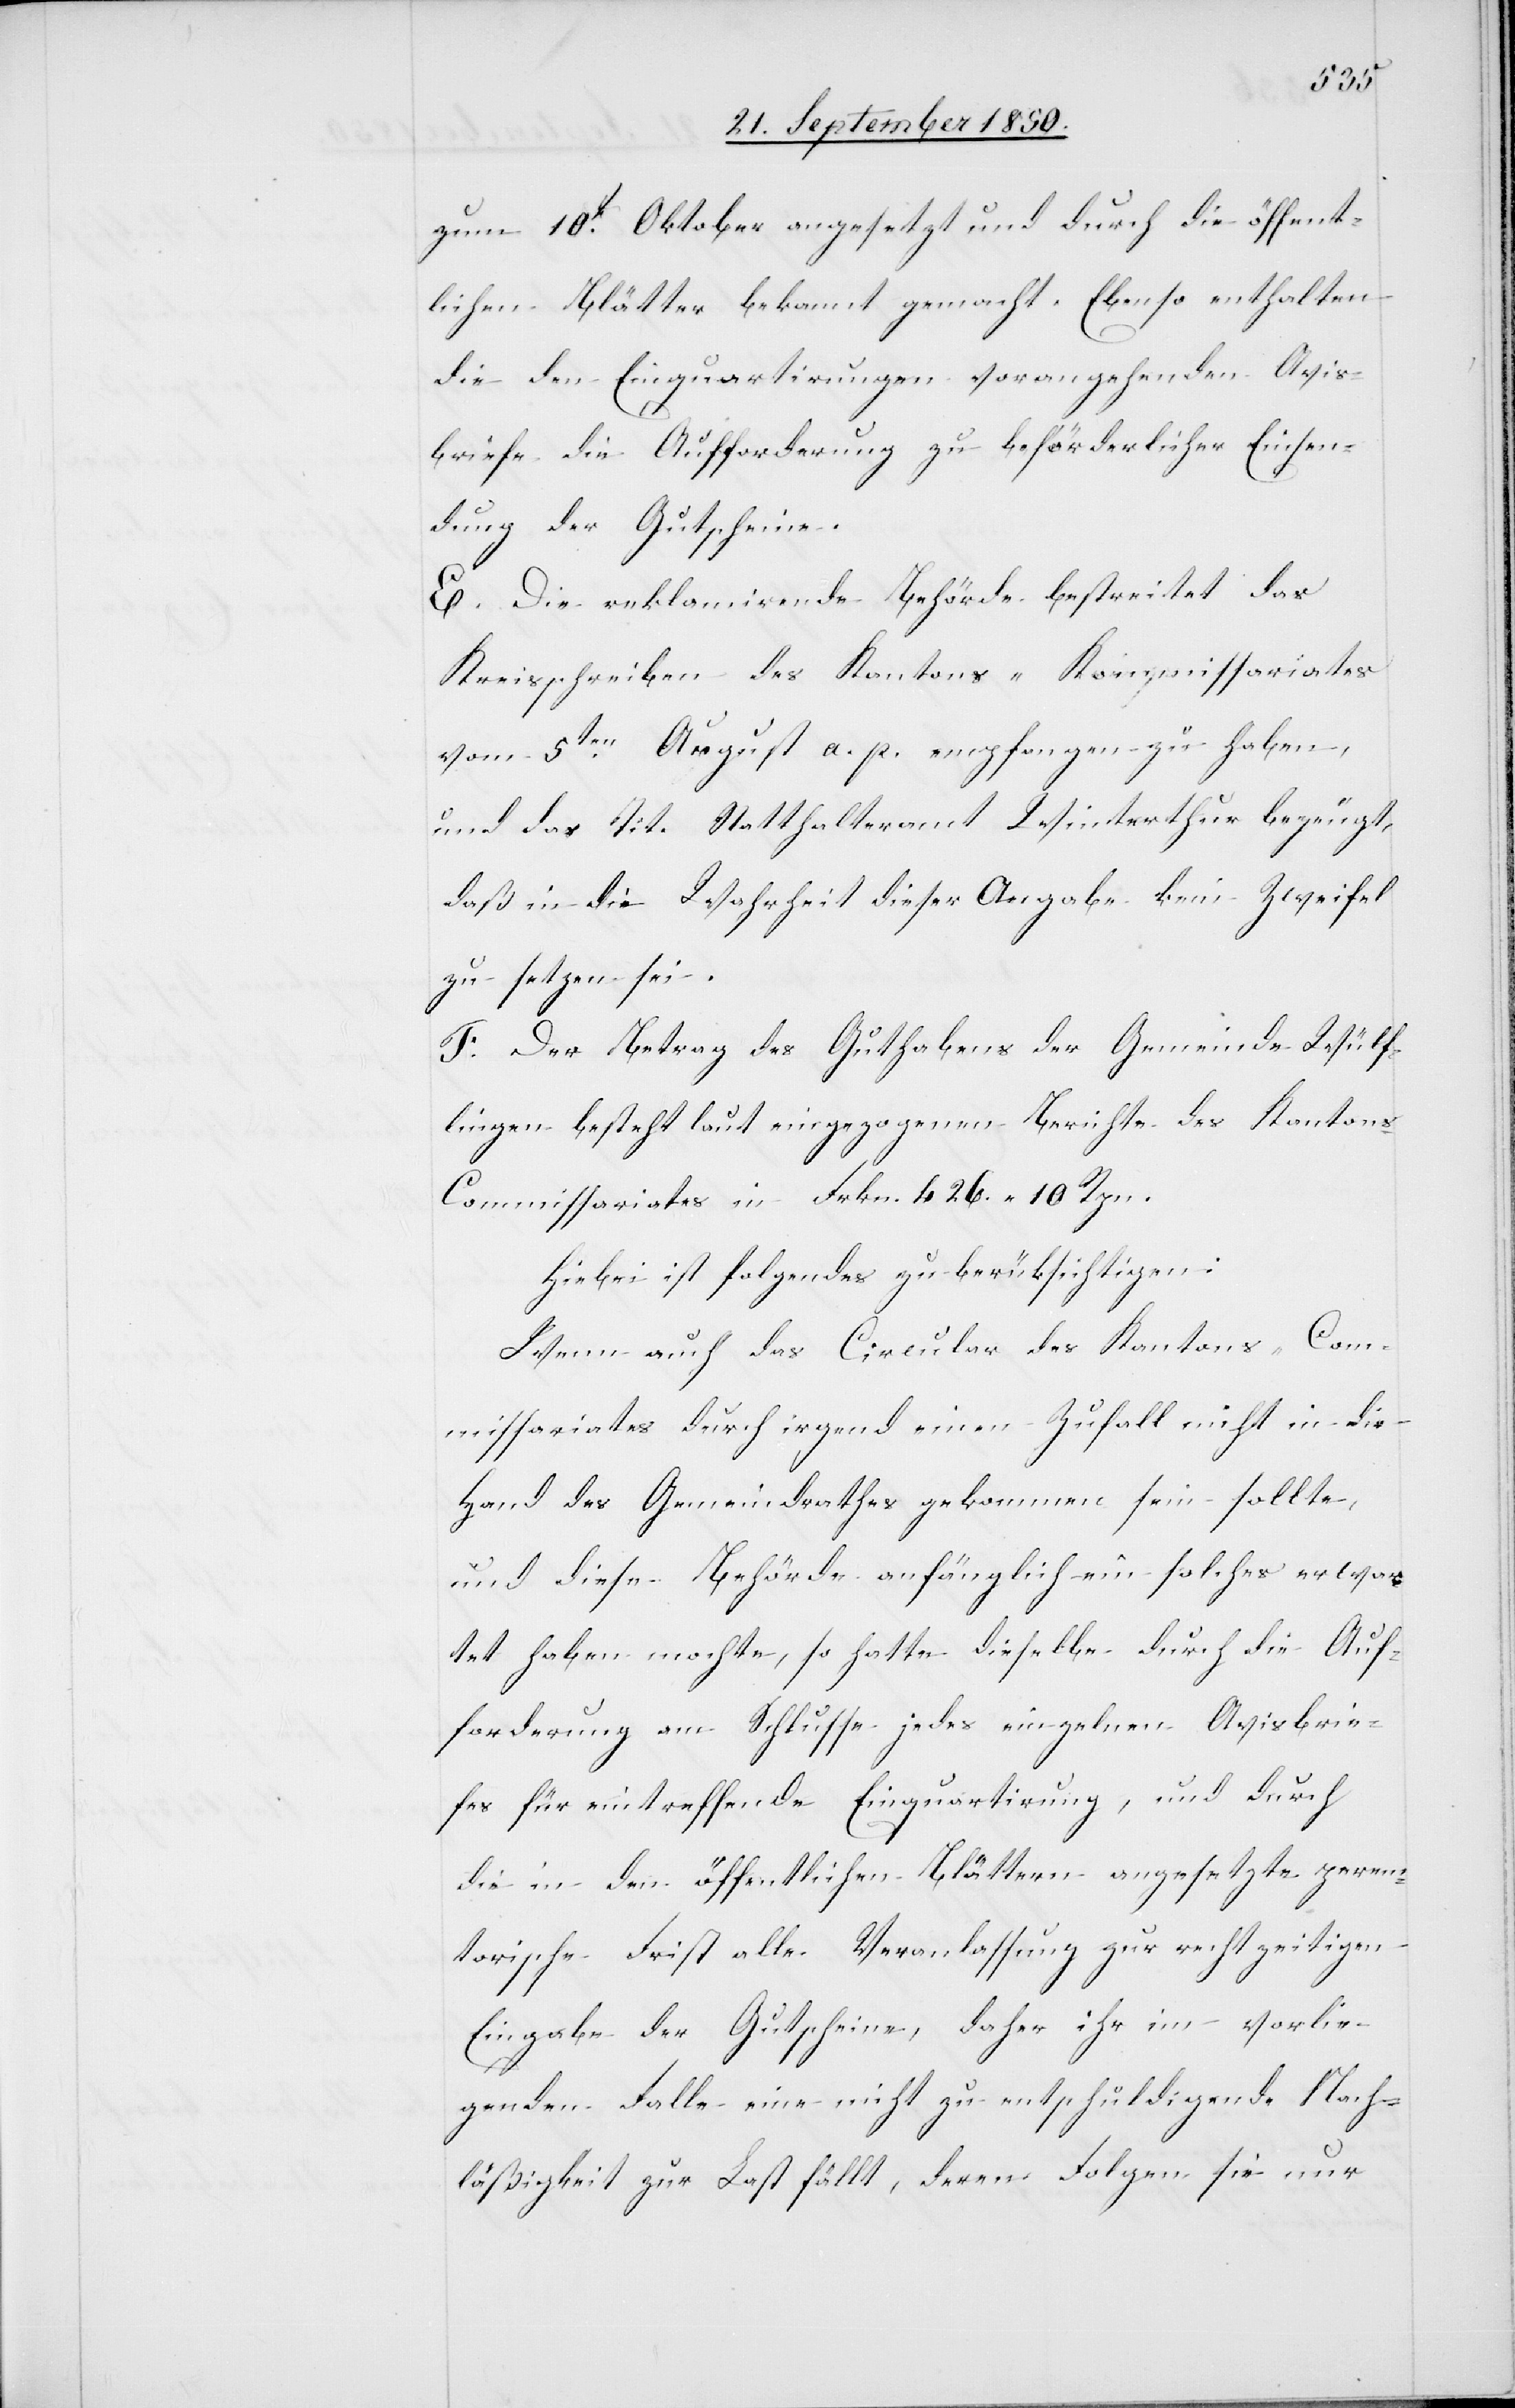
zum 10t Oktober angesetzt und durch die öffent¬
lichen Blätter bekannt gemacht. Ebenso enthalten
die den Einquartirungen vorangehenden Avis¬
briefe die Aufforderung zu beförderlicher Einsen¬
dung der Gutscheine.
E. Die reklamirende Behörde bestreitet das
Kreisschreiben des Kantons-Kommissariates
vom 5ten August a. p. empfangen zu haben,
und das Tit. Statthalteramt Winterthur bezeugt,
daß in die Wahrheit dieser Angabe kein Zweifel
zu setzen sei.
F. Der Betrag des Guthabens der Gemeinde Wülf¬
lingen besteht laut eingezogenem Berichte des Kanton¬
s-Commissariates in Frkn. 426. 10. Rpn.
Hiebei ist folgendes zu berüksichtigen
Wenn auch das Circular des Kantons-Com¬
missariates durch irgend einen Zufall nicht in die
Hand des Gemeindrathes gekommen sein sollte,
und diese Behörde anfänglich ein solches erwar¬
tet haben mochte, so hatte dieselbe durch die Auf¬
forderung am Schlusse jedes einzelnen Avisbrie¬
fes für eintreffende Einquartirung, und durch
die in den öffentlichen Blättern angesetzte perem¬
torische Frist alle Veranlassung zur rechtzeitigen
Eingabe der Gutscheine, daher ihr im vorlie¬
genden Falle eine nicht zu entschuldigende Nach¬
läßigkeit zur Last fällt, deren Folgen sie nur